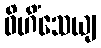
ဝိဟိံသေယျ